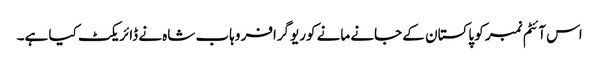
اس آئٹم نمبر کو پاکستان کے جانے مانے کوریوگرافر وہاب شاہ نے ڈائریکٹ کیا ہے۔